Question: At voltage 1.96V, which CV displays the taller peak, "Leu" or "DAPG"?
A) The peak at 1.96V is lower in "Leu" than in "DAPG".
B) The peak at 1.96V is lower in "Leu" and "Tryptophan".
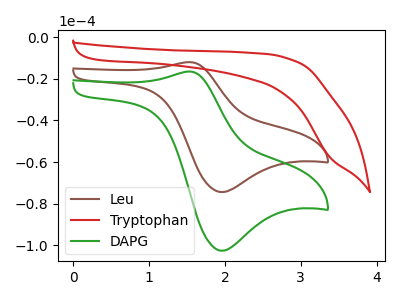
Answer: <think>The brown curve "Leu" has an anodic peak at (1.55V, -11.90uA) and a cathodic peak at (1.95V, -74.45uA). The red curve "Tryptophan" has no peaks. The green curve "DAPG" has an anodic peak at (1.55V, -16.45uA) and a cathodic peak at (1.95V, -102.70uA).</think>
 <answer>A) The peak at 1.96V is lower in "Leu" than in "DAPG".</answer>
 <eval>A</eval>